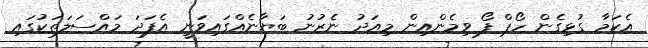
އެކަމާ ގުޅިގެން ހޯޕް ފޯ ވިމެންއިން މިއަދު ނެރުނު ބަޔާނެއްގައިވަނީ އެފަދަ މައްސަލަތަކުގައި